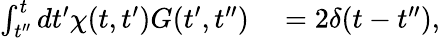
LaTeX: \begin{array}{rl}{\int_{t^{\prime\prime}}^{t}dt^{\prime}\chi(t,t^{\prime})G(t^{\prime},t^{\prime\prime})}&{{}=2\delta(t-t^{\prime\prime}),}\end{array}